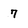
Character: 7